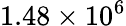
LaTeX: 1.48\times 10^{6}